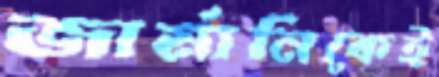
জার্মানিকেই